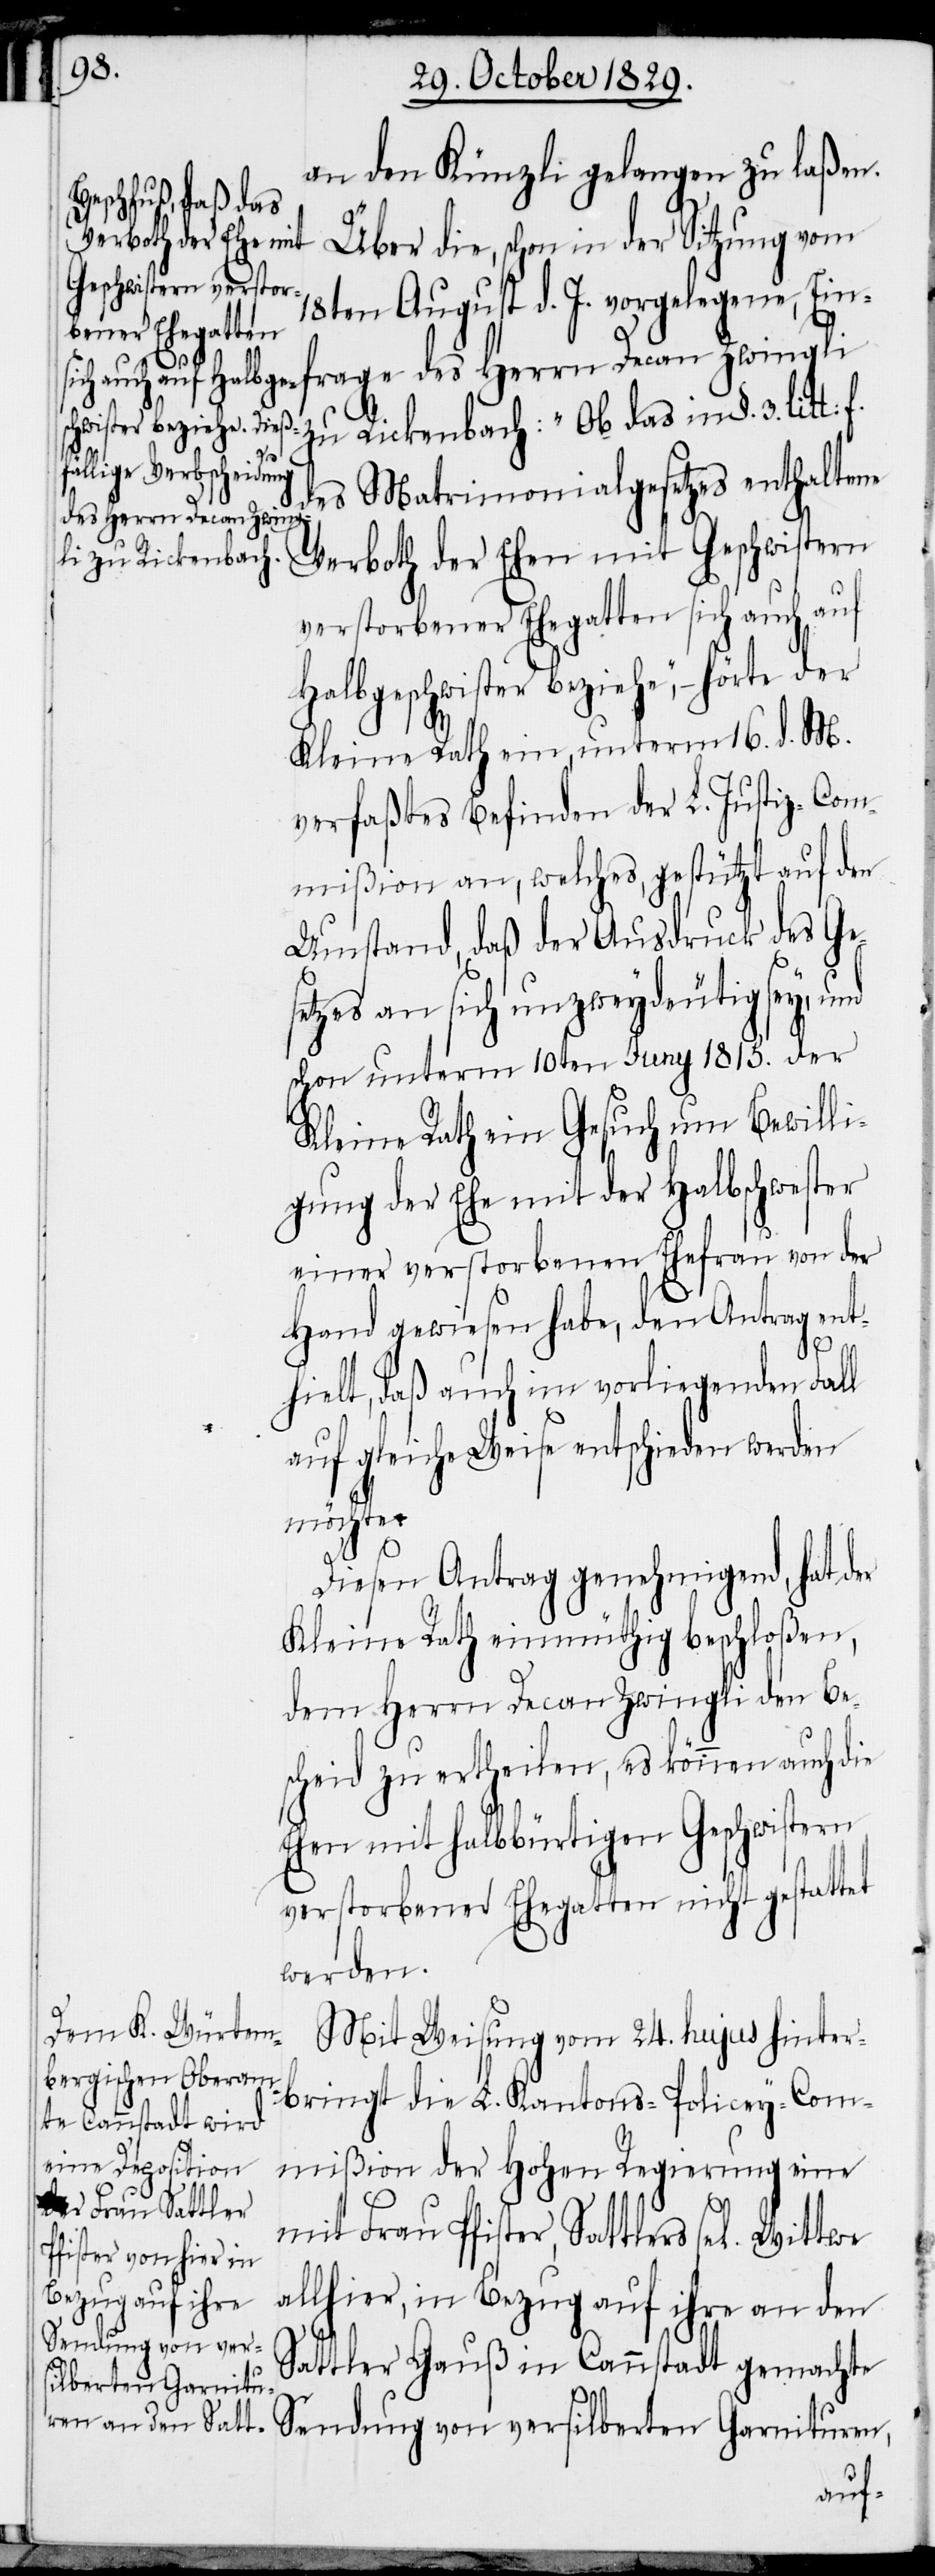
an den Künzli gelangen zu laßen.
Über die, schon in der Sitzung vom
18ten August d. J. vorgelegene, Einf¬
rage des Herrn Decan Zwingli
zu Rickenbach: „Ob das in §. 3. litt:
des Matrimonialgesetzes enthaltene
Verboth der Ehen mit Geschwistern
verstorbener Ehegatten sich auch auf
Halbgeschwister beziehe“, – hörte der
Kleine Rath ein unterm 16.d. M.
verfaßtes Befinden der L. Justiz-Com¬
mißion an, welches, gestützt auf den
Umstand, daß der Ausdruck des Ge¬
setzes an sich unzweydeutig sey,
schon unterm 10ten Juny 1815. der
Kleine Rath ein Gesuch um Bewilli¬
gung der Ehe mit der Halbschwester
einer verstorbenen Ehefrau von der
Hand gewiesen habe, den Antrag ent¬
hielt, daß auch im vorliegenden Fall
auf gleiche Weise entschieden werden
möchte.
Diesen Antrag genehmigend, hat der
Kleine Rath einmüthig beschloßen,
dem Herrn Decan Zwingli den Be¬
scheid zu ertheilen, es können auch die
Ehen mit halbbürtigen Geschwistern
verstorbener Ehegatten nicht gestattet
werden.
Mit Weisung vom 24. hujus hinter¬
bringt die L. Kantons-Policey-Com¬
mißion der Hohen Regierung eine
mit Frau Pfister, Sattlers sel. Wittwe
allhier, in Bezug auf ihre an den
Sattler Gauß in Cannstadt gemachte
Sendung von versilberten Garnituren,